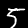
Label: 5